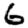
Digit: 6